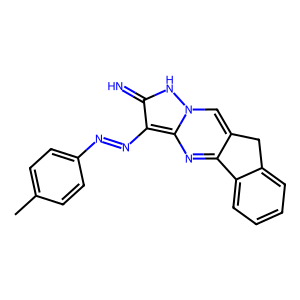
SMILES: Cc1ccc(N=Nc2c(=N)[nH]n3cc4c(nc23)-c2ccccc2C4)cc1
Inhibits HIV replication: No